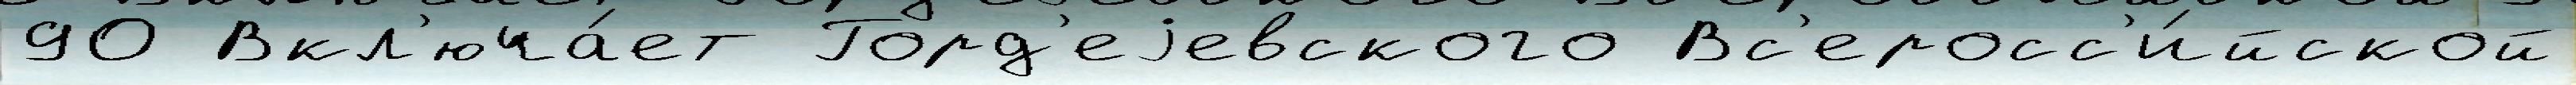
90 Вкл'юча́ет Горд'еjевского Вс'еросс'и́йской